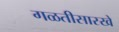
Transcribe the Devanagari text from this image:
गळतीसारखे